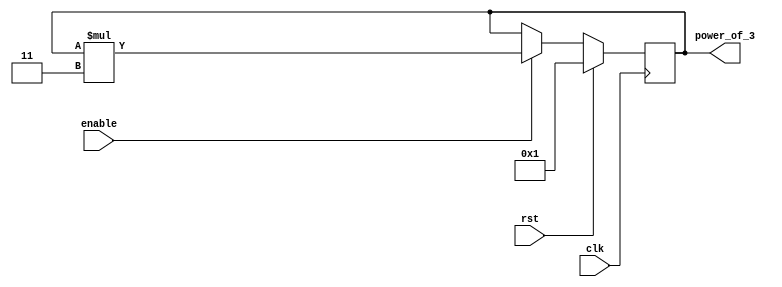
module generator
#
(
 parameter data_size = 8
)
 (
    input clk, // clock signal
    input rst, // reset signal
    input enable, // enable signal
    output reg [data_size-1:0] power_of_3 // output signal
);

// generate power-of-3 sequence on positive edge of clock
always @(posedge clk) begin
    if (rst) begin
        // reset output to 1
        power_of_3 <= 1;
    end else if (enable) begin
        // multiply current value by 3 to get next power-of-3 value
        power_of_3 <= power_of_3 * 3;
    end
end

endmodule